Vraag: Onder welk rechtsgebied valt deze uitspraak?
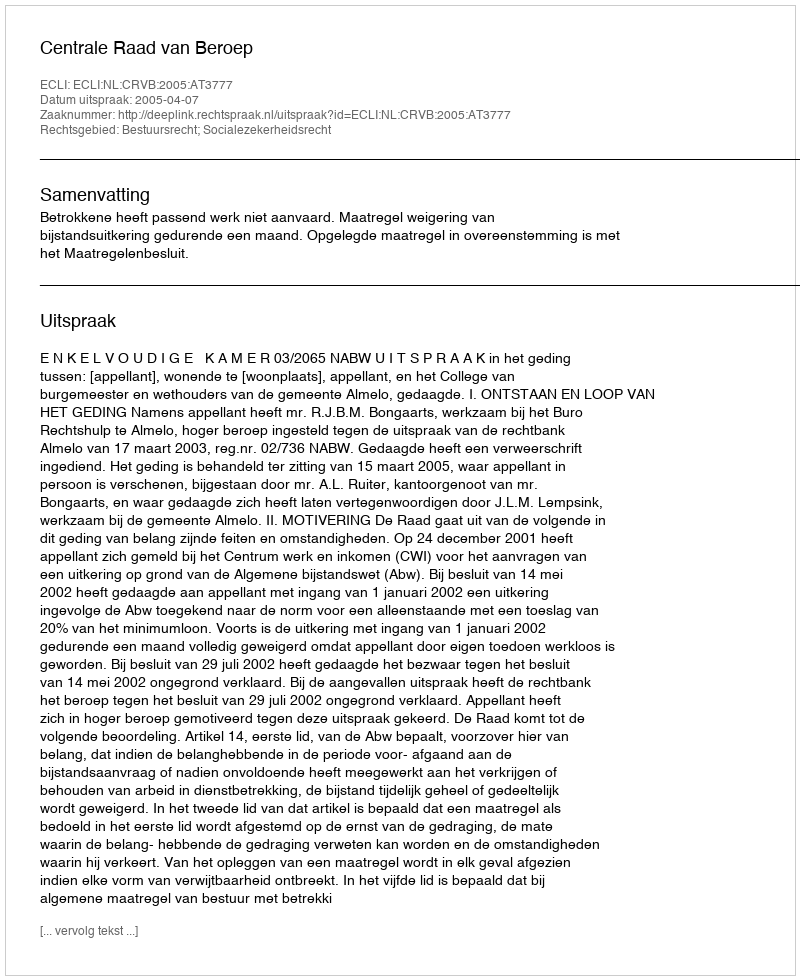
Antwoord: Bestuursrecht; Socialezekerheidsrecht